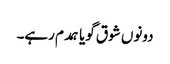
دونوں شوق گویا ہمدم رہے۔